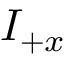
I _ { + x }